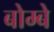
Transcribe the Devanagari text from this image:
बोम्‍बे